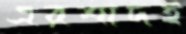
এরশাদই